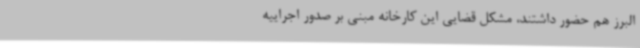
البرز هم حضور داشتند، مشکل قضایی این کارخانه مبنی بر صدور اجراییه